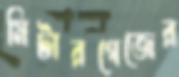
মিটারগেজের